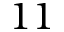
1 1